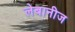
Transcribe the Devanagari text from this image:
लेबानीज